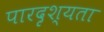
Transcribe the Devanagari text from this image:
पारदृश्यता